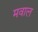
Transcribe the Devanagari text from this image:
मवाल